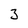
Character: 3